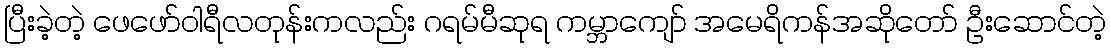
ပြီးခဲ့တဲ့ ဖေဖော်ဝါရီလတုန်းကလည်း ဂရမ်မီဆုရ ကမ္ဘာကျော် အမေရိကန်အဆိုတော် ဦးဆောင်တဲ့